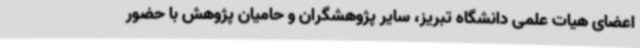
اعضای هیات علمی دانشگاه تبریز، سایر پژوهشگران و حامیان پژوهش با حضور